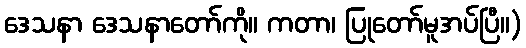
ဒေသနာ ဒေသနာတော်ကို။ ကတာ၊ ပြုတော်မူအပ်ပြီ။)